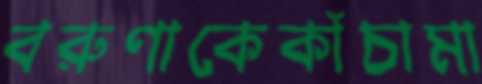
বরুণাকেকাঁচামা